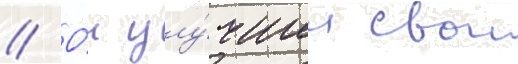
// О́н улу́чшил свои